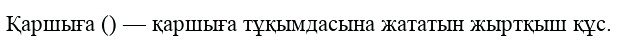
Қаршыға () — қаршыға тұқымдасына жататын жыртқыш құс.